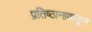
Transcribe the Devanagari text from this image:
प्रतिष्ठानाकडून